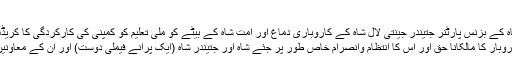
‘
اس بیان میں شاہ کے بزنس پارٹنر جتیندر جینتی لال شاہ کے کاروباری دماغ اور امت شاہ کے بیٹے کو ملی تعلیم کو کمپنی کی کارکردگی کا کریڈٹ دیا گیا ہے :
‘ اس کاروبار کا مالکانا حق اور اس کا انتظام وانصرام خاص طور پر جئے شاہ اور جتیندر شاہ (ایک پرانے فیملی دوست) اور ان کے معاونین کے پاس تھا۔